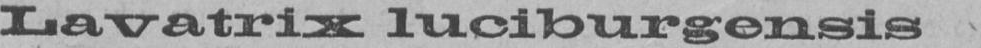
Lavatrix luciburgensis